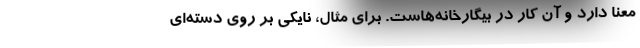
معنا دارد و آن کار در بیگارخانه‌هاست. برای مثال، نایکی بر روی دسته‌ای